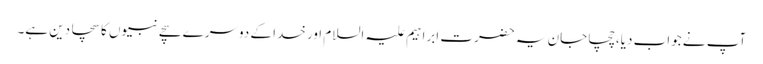
آپ نے جواب دیا،چچا جان یہ حضرت ابراہیم علیہ السلام اور خدا کے دوسرے سچے نبیوں کا سچا دین ہے۔